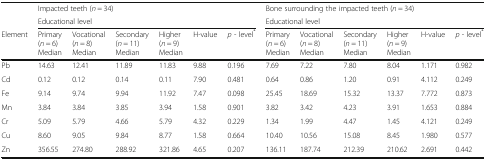
|  | <COLSPAN=6> Impacted teeth (n = 34) | <COLSPAN=6> Bone surrounding the impacted teeth (n = 34) |
 |  | <COLSPAN=6> Educational level | <COLSPAN=6> Educational level |
 | Element | Primary (n = 6) Median | Vocational (n = 8) Median | Secondary (n = 11) Median | Higher (n = 9) Median | H-value | p - level* | Primary (n = 6) Median | Vocational (n = 8) Median | Secondary (n = 11) Median | Higher (n = 9) Median | H-value | p - level* |
 | --- | --- | --- | --- | --- | --- | --- | --- | --- | --- | --- | --- | --- |
 | Pb | 14.63 | 12.41 | 11.89 | 11.83 | 9.88 | 0.196 | 7.69 | 7.22 | 7.80 | 8.04 | 1.171 | 0.982 |
 | Cd | 0.12 | 0.12 | 0.14 | 0.11 | 7.90 | 0.481 | 0.64 | 0.86 | 1.20 | 0.91 | 4.112 | 0.249 |
 | Fe | 9.14 | 9.74 | 9.94 | 11.92 | 7.47 | 0.098 | 25.45 | 18.69 | 15.32 | 13.37 | 7.772 | 0.873 |
 | Mn | 3.84 | 3.84 | 3.85 | 3.94 | 1.58 | 0.901 | 3.82 | 3.42 | 4.23 | 3.91 | 1.653 | 0.884 |
 | Cr | 5.09 | 5.79 | 4.66 | 5.79 | 4.32 | 0.229 | 1.34 | 1.99 | 4.47 | 1.45 | 4.121 | 0.249 |
 | Cu | 8.60 | 9.05 | 9.84 | 8.77 | 1.58 | 0.664 | 10.40 | 10.56 | 15.08 | 8.45 | 1.980 | 0.577 |
 | Zn | 356.55 | 274.80 | 288.92 | 321.86 | 4.65 | 0.207 | 136.11 | 187.74 | 212.39 | 210.62 | 2.691 | 0.442 |